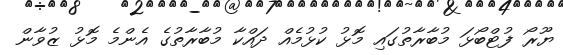
ޔޫރޯ ފުޓްބޯޅަ މުބާރާތުގައި މޮޅު ކުޅުމެއް ދައްކާ މުބާރާތުގެ އެންމެ މޮޅު ޒުވާން